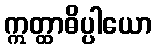
ဣတ္ထာဓိပ္ပါယော